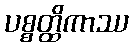
ပစ္စတ္ထိကာဿ